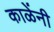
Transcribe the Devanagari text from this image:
काळेंनी